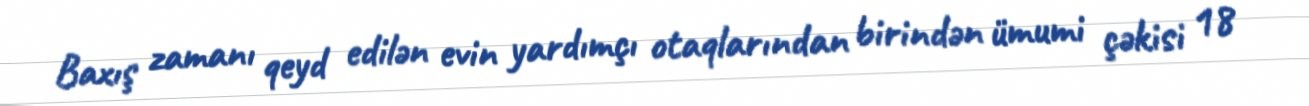
Baxış zamanı qeyd edilən evin yardımçı otaqlarından birindən ümumi çəkisi 18